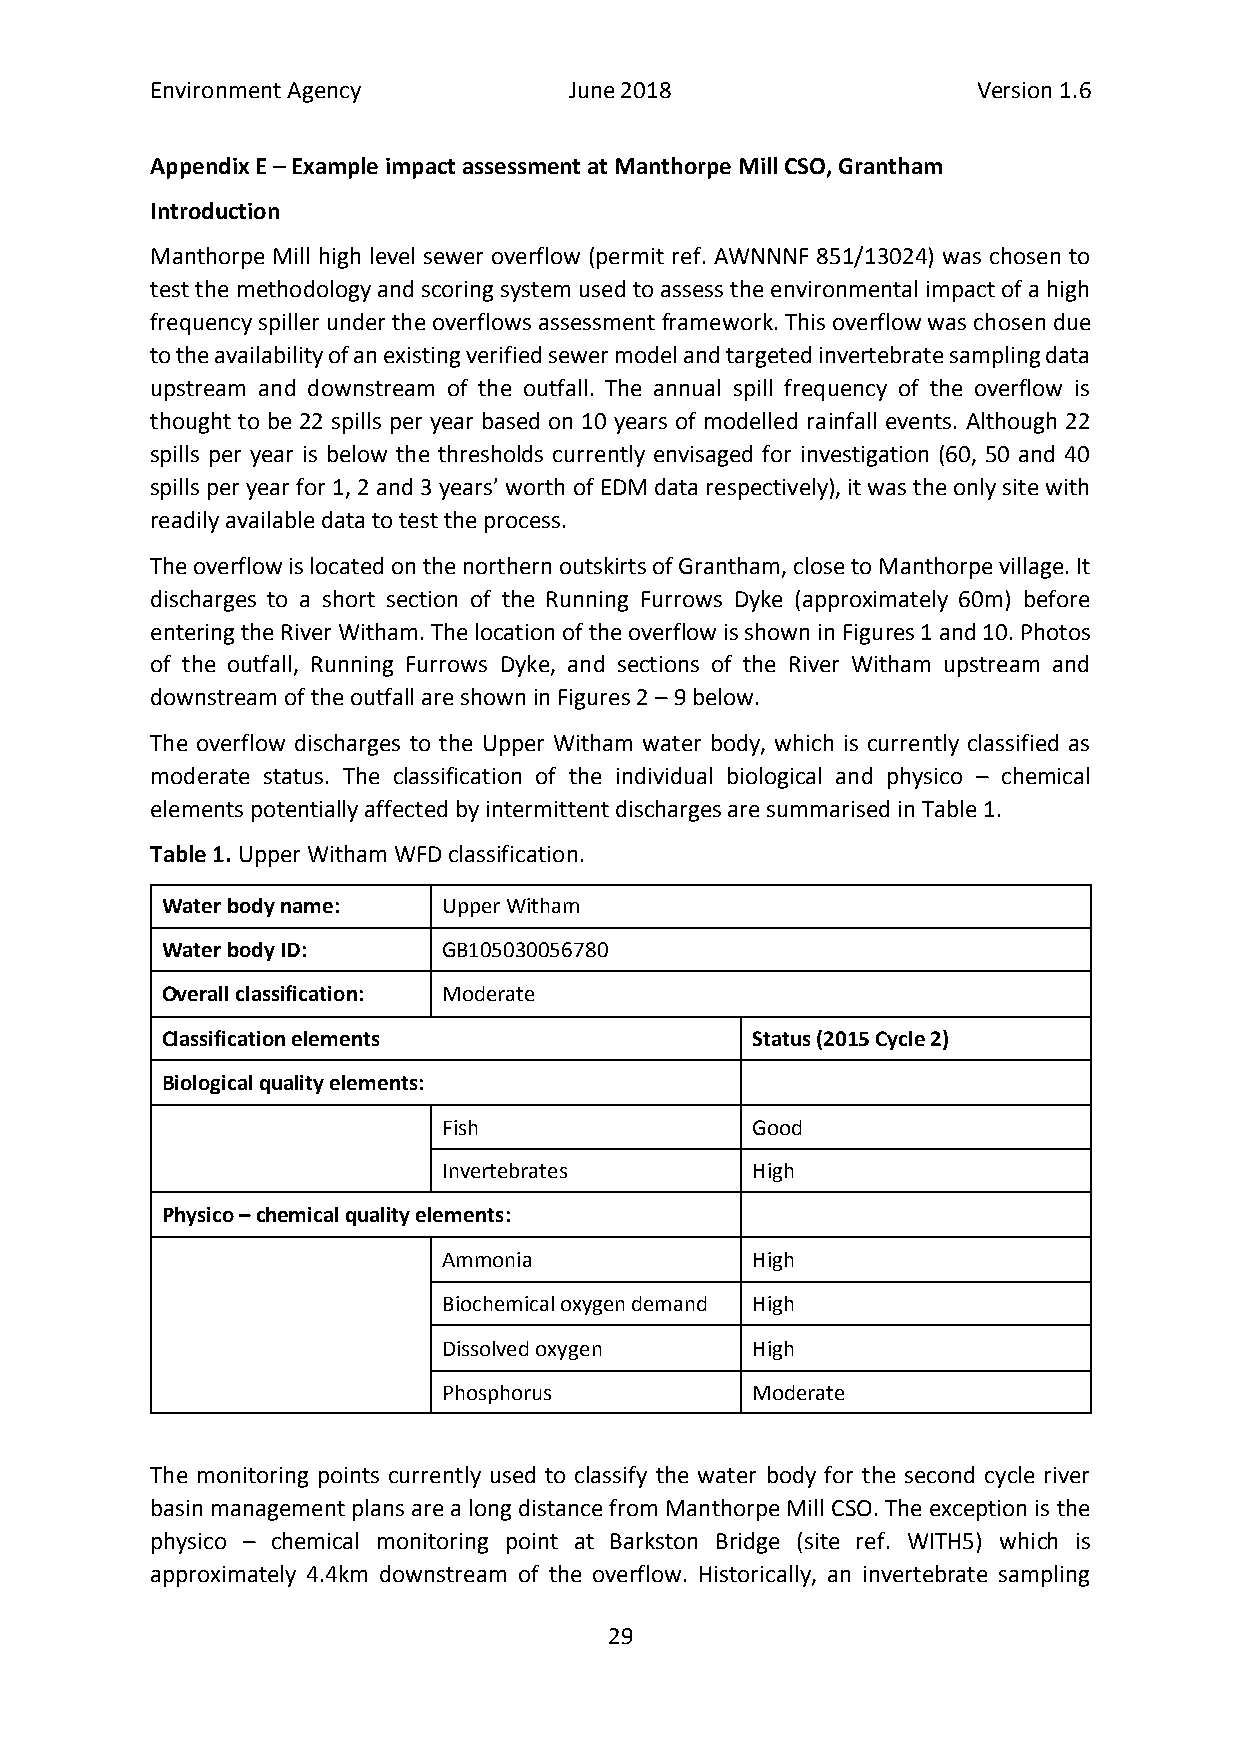
Environment Agency          June 2018                  Version 1.6
 Appendix E – Example impact assessment at Manthorpe Mill CSO, Grantham
 Introduction
 Manthorpe Mill high level sewer overflow (permit ref. AWNNNF 851/13024) was chosen to
 test the methodology and scoring system used to assess the environmental impact of a high
 frequency spiller under the overflows assessment framework. This overflow was chosen due
 to the availability of an existing verified sewer model and targeted invertebrate sampling data
 upstream and downstream of the outfall. The annual spill frequency of the overflow is
 thought to be 22 spills per year based on 10 years of modelled rainfall events. Although 22
 spills per year is below the thresholds currently envisaged for investigation (60, 50 and 40
 spills per year for 1, 2 and 3 years’ worth of EDM data respectively), it was the only site with
 readily available data to test the process.
 The overflow is located on the northern outskirts of Grantham, close to Manthorpe village. It
 discharges to a short section of the Running Furrows Dyke (approximately 60m) before
 entering the River Witham. The location of the overflow is shown in Figures 1 and 10. Photos
 of the outfall, Running Furrows Dyke, and sections of the River Witham upstream and
 downstream of the outfall are shown in Figures 2 – 9 below.
 The overflow discharges to the Upper Witham water body, which is currently classified as
 moderate status. The classification of the individual biological and physico – chemical
 elements potentially affected by intermittent discharges are summarised in Table 1.
 Table 1. Upper Witham WFD classification.
 Water body name:  Upper Witham
 Water body ID:    GB105030056780
 Overall classification: Moderate
 Classification elements                Status (2015 Cycle 2)
 Biological quality elements:
 Fish                 Good
 Invertebrates        High
 Physico – chemical quality elements:
 Ammonia              High
 Biochemical oxygen demand High
 Dissolved oxygen     High
 Phosphorus           Moderate
 The monitoring points currently used to classify the water body for the second cycle river
 basin management plans are a long distance from Manthorpe Mill CSO. The exception is the
 physico – chemical monitoring point at Barkston Bridge (site ref. WITH5) which is
 approximately 4.4km downstream of the overflow. Historically, an invertebrate sampling
 29